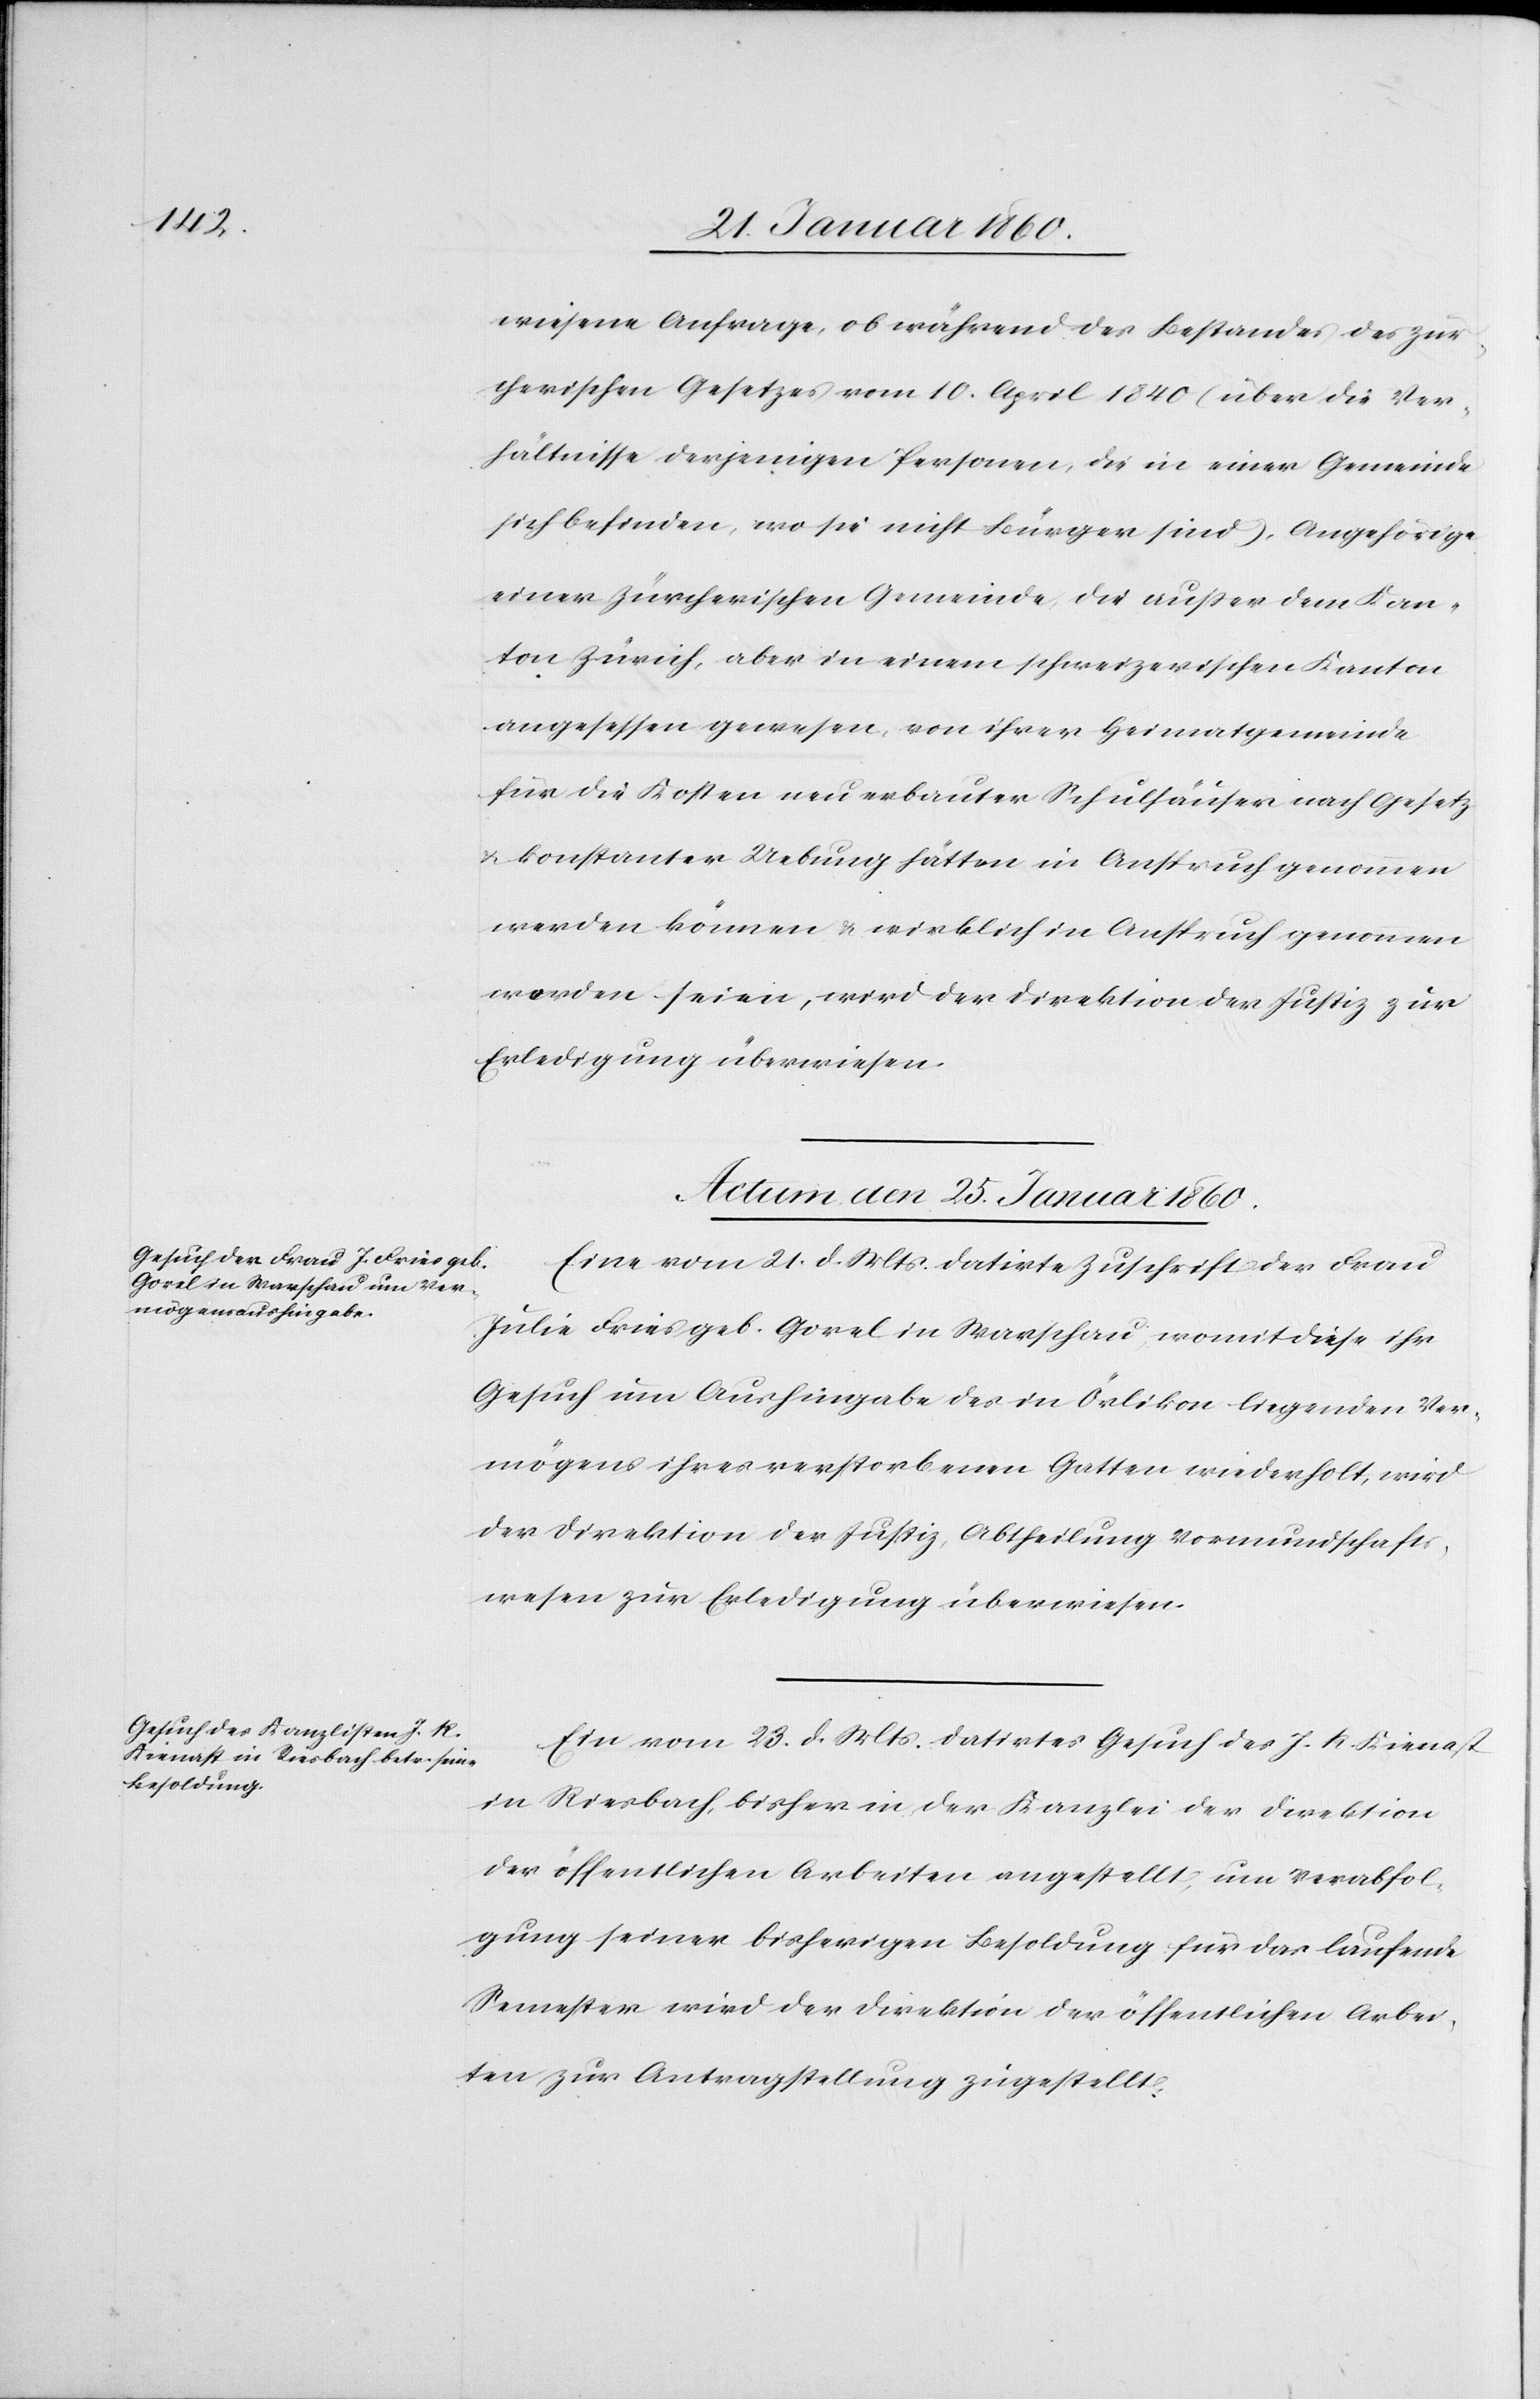
wiesene Anfrage, ob während des Bestandes des zür¬
cherischen Gesetzes vom 10. April 1840 (über die Ver¬
hältnisse derjenigen Personen, die in einer Gemeinde
sich befinden, wo sie nicht Bürger sind) Angehörige
einer zürcherischen Gemeinde des außer dem Kan¬
ton Zürich, aber in einem schweizerischen Kanton
angesessen gewesen, von ihrer Heimatgemeine
für die Kosten neu erbauter Schulhäuser nach Gesetz
u. konstanter Uebung hätten in Anspruch genommen
werden können u. wirklich in Anspruch genommen
worden seien, wird der Direktion der Justiz zur
Erledigung überwiesen.
Actum den 25. Januar 1860.]
Eine vom 21. d. Mts. datirte Zuschrift der Frau
Julie Fries geb. Gorel in Warschau, womit diese ihr
Gesuch um Aushingabe des in Örlikon liegenden Ver¬
mögens ihres verstorbenen Gatten wiederholt, wird
der Direktion der Justiz, Abtheilung Vormundschafts¬
wesen zur Erledigung überwiesen.
Ein vom 23. d. Mts. datirtes Gesuch des J. K. Kienast
in Riesbach, bisher in der Kanzlei der Direktion
der öffentlichen Arbeiten angestellt, um Verabfol¬
gung seiner bisherigen Besoldung für das laufende
Semester wird der Direktion der öffentlichen Arbei¬
ten zur Antragsstellung zugestellt.